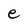
Character: e